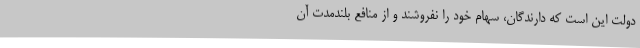
دولت این است که دارندگان، سهام خود را نفروشند و از منافع بلندمدت آن